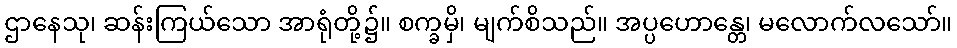
ဌာနေသု၊ ဆန်းကြယ်သော အာရုံတို့၌။ စက္ခမှိ၊ မျက်စိသည်။ အပ္ပဟောန္တေ၊ မလောက်လသော်။